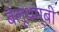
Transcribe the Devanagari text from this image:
बेलूथम्बी